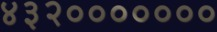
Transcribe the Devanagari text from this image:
४३२०००००००